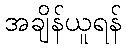
အချိန်ယူရန်